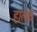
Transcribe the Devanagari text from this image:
हाल्कं